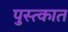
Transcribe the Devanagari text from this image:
पुस्त्कात